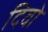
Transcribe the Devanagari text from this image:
दिवो